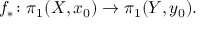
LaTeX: f _ { * } \colon \pi _ { 1 } ( X , x _ { 0 } ) \to \pi _ { 1 } ( Y , y _ { 0 } ) .